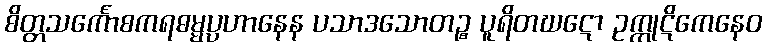
စိတ္တသင်္ကောစကရဓမ္မပ္ပဟာနေန ပသာဒသောတဉ္စ ပူရိတဃဋော ဥက္ကုဋိကေနေဝ